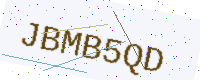
Text: JBMB5QD